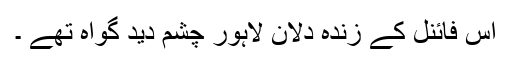
اس فائنل کے زندہ دلانِ لاہور چشم دید گواہ تھے ۔